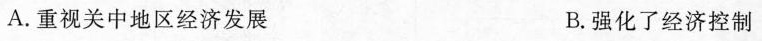
A.重视关中地区经济发展 B.强化了经济控制